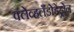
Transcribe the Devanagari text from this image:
क्लेव्हलँडोडेंड्रोन